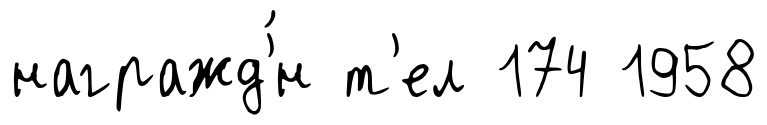
награжд'́н т'ел 174 1958